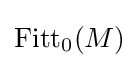
\operatorname {Fitt} _{0}(M)